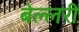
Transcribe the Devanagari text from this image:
बेल्लरी